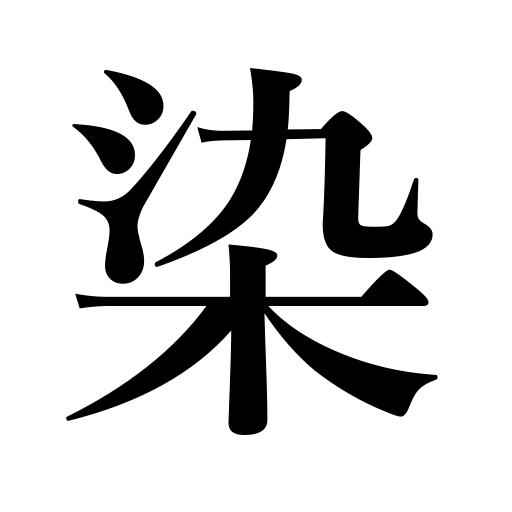
Meanings: soak in,smudge,blot,smart,dye,paint,be imbued with,permeate,infiltrate,be sensitive to pain,stain,be influenced by,color,be tainted with,pierce as a wind,be dyed,spot